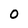
Character: 0